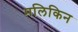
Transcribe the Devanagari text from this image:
मलिकिन